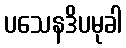
ပသေနဒိပမုခါ